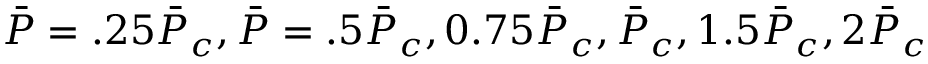
\Bar { P } = . 2 5 \Bar { P } _ { c } , \Bar { P } = . 5 \Bar { P } _ { c } , 0 . 7 5 \Bar { P } _ { c } , \Bar { P } _ { c } , 1 . 5 \Bar { P } _ { c } , 2 \Bar { P } _ { c }